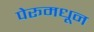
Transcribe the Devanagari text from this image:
पेरूमधून